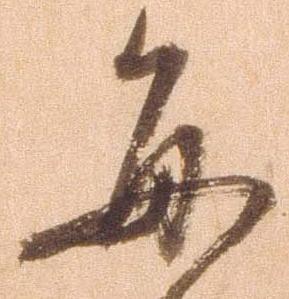
毎